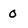
Character: 0